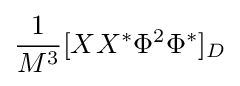
{\frac {1}{M^{3}}}[XX^{*}\Phi ^{2}\Phi ^{*}]_{D}